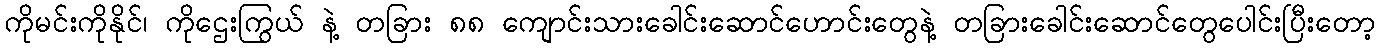
ကိုမင်းကိုနိုင်၊ ကိုဌေးကြွယ် နဲ့ တခြား ၈၈ ကျောင်းသားခေါင်းဆောင်ဟောင်းတွေနဲ့ တခြားခေါင်းဆောင်တွေပေါင်းပြီးတော့